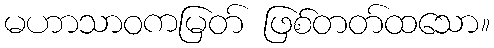
မဟာသာဝကမြတ် ဖြစ်တတ်ထသော။